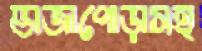
ভাজাপোড়াসহ